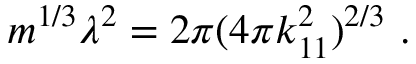
m ^ { 1 / 3 } \lambda ^ { 2 } = 2 \pi ( 4 \pi k _ { 1 1 } ^ { 2 } ) ^ { 2 / 3 } \ .